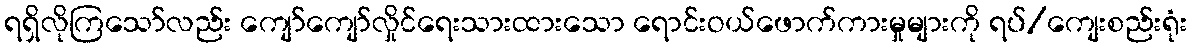
ရရှိလိုကြသော်လည်း ကျော်ကျော်လှိုင်ရေးသားထားသော ရောင်းဝယ်ဖောက်ကားမှုများကို ရပ်/ကျေးစည်းရုံး